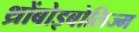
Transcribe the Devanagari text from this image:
थ्रोंबोइबोलिज्म